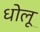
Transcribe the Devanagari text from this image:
धोलू